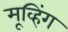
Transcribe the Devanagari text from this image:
मूव्हिंग